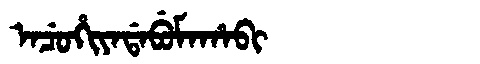
Manchu: ᠠᠴᡠᡥᡳᠶᠠᡩᠠᠪᡠᠮᠠᡥᠠᠪᡳ
Romanization: ACUHIYADABUMAHABI